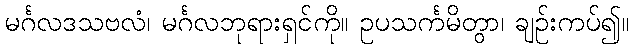
မင်္ဂလဒသဗလံ၊ မင်္ဂလဘုရားရှင်ကို။ ဥပသင်္ကမိတွာ၊ ချဉ်းကပ်၍။